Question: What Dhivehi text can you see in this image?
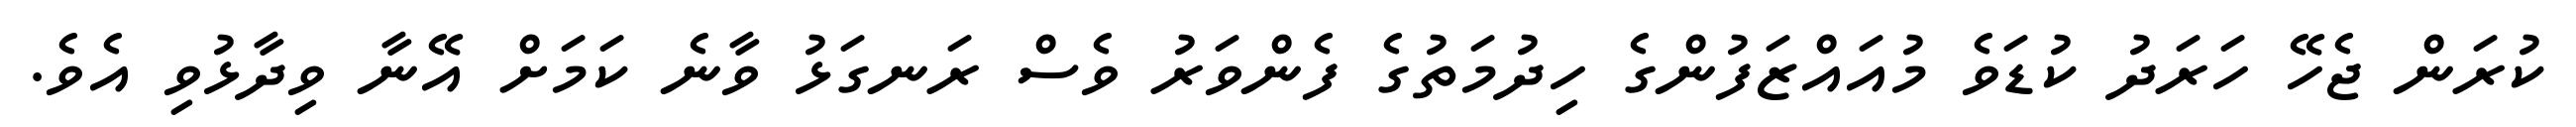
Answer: ކުރަން ޖެހޭ ހަރަދު ކުޑަވެ މުއައްޒަފުންގެ ހިދުމަތުގެ ފެންވަރު ވެސް ރަނގަޅު ވާނެ ކަމަށް އޭނާ ވިދާޅުވި އެވެ.